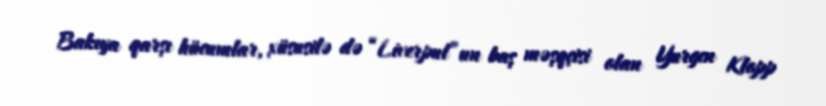
Bakıya qarşı hücumlar, xüsusilə də “Liverpul”un baş məşqçisi olan Yurgen Klopp